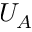
U _ { A }